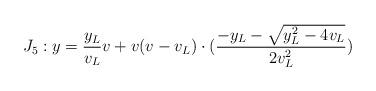
LaTeX: \begin{align*}J_5: y=\frac{y_L}{v_L}v+v(v-v_L)\cdot (\frac{-y_L-\sqrt{y_L^2-4v_L}}{2v_L^2})\end{align*}